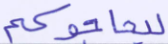
ليحاجوكم